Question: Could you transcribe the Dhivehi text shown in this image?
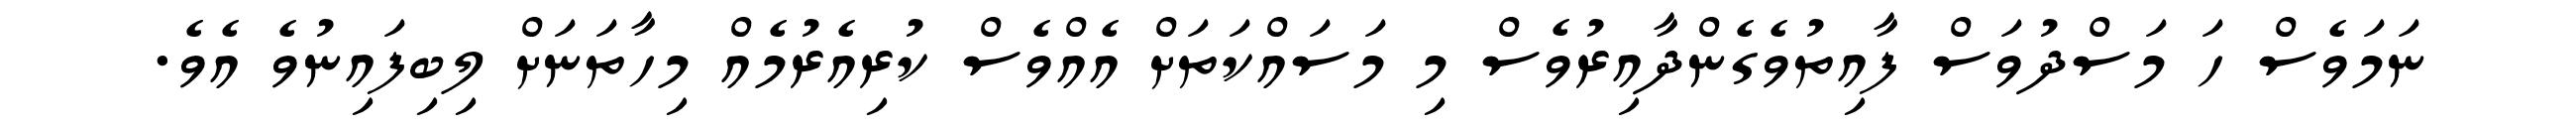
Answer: ނަމަވެސް ހަ މަސްދުވަސް ފާއިތުވެގެންދާއިރުވެސް މި މަސައްކަތަށް އެއްވެސް ކުރިއެރުމެއް މިހާތަނަށް ލިބިފައިނުވެ އެވެ.